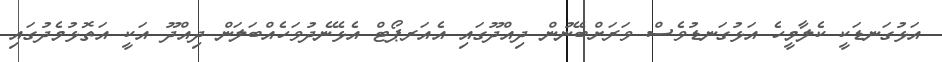
އަޅުގަނޑަކީ ކެލާމީހެ އަޅުގަނޑުވެސް ވަރަށްބޭނުން ދިއްދޫގައި އެއަރޕޯޓް އެޅޭނެދުވަހެއްބަލަން ދިއްދޫ އަކީ އަތޮޅުމެދުގައި